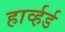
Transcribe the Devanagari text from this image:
हार्व्हर्ड